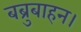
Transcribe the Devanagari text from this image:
बब्रुबाहन।